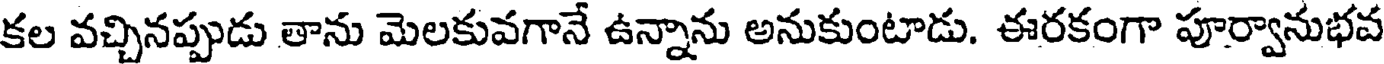
కల వచ్చినప్పుడు తాను మెలకువగానే ఉన్నాను అనుకుంటాడు. ఈరకంగా పూర్వానుభవ